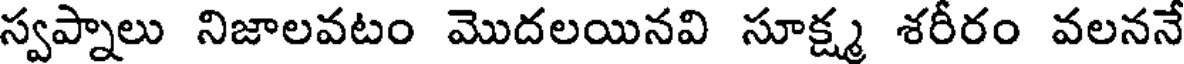
స్వప్నాలు నిజాలవటం మొదలయినవి సూక్ష్మ శరీరం వలననే